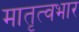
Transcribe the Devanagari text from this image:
मातृत्वभार